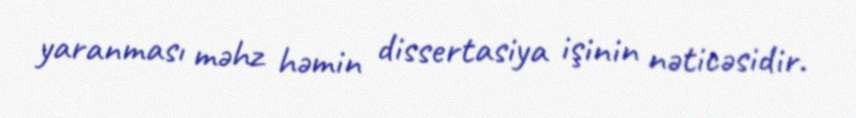
yaranması məhz həmin dissertasiya işinin nəticəsidir.